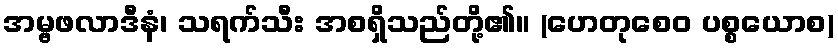
အမ္ဗဖလာဒီနံ၊ သရက်သီး အစရှိသည်တို့၏။ (ဟေတုစေဝ ပစ္စယောစ)